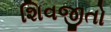
શિવજીતો